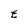
Character: E